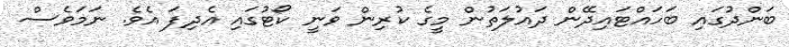
ބަންދުގައި ބަހައްޓައިދޭން ދައުލަތުން މީގެ ކުރިން ވަނީ ކޯޓުގައި އެދިފަ އެވެ. ނަމަވެސް